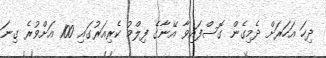
ދިހަ އަހަރަށް ދެމިގެން ގޮސްފައިވާ އޭނާގެ ފިލްމު ކެރިއަރުގައި 100 އަށްވުރެ ގިނަ